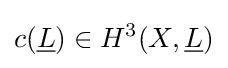
c({\underline {L}})\in H^{3}(X,{\underline {L}})